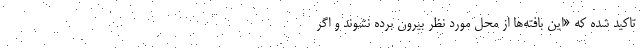
تاکید شده که «این بافته‌ها از محل مورد نظر بیرون برده نشوند و اگر